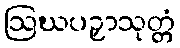
ဩဃပဉှာသုတ္တံ